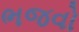
ભજવો